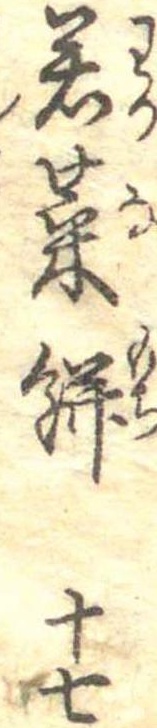
若菜餅十七